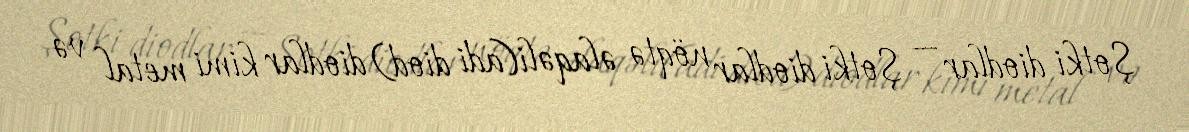
Şotki diodlar — Şotki diodlar nöqtə əlaqəli(adi diod) diodlar kimi metal və